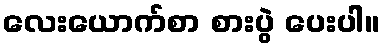
လေးယောက်စာ စားပွဲ ပေးပါ။